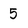
Character: 5